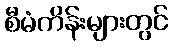
စီမံကိန်းများတွင်